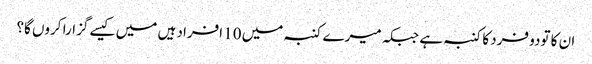
ان کا تودو فرد کا کنبہ ہے جبکہ میرے کنبہ میں 10 افراد ہیں میں کیسے گزارا کروں گا؟